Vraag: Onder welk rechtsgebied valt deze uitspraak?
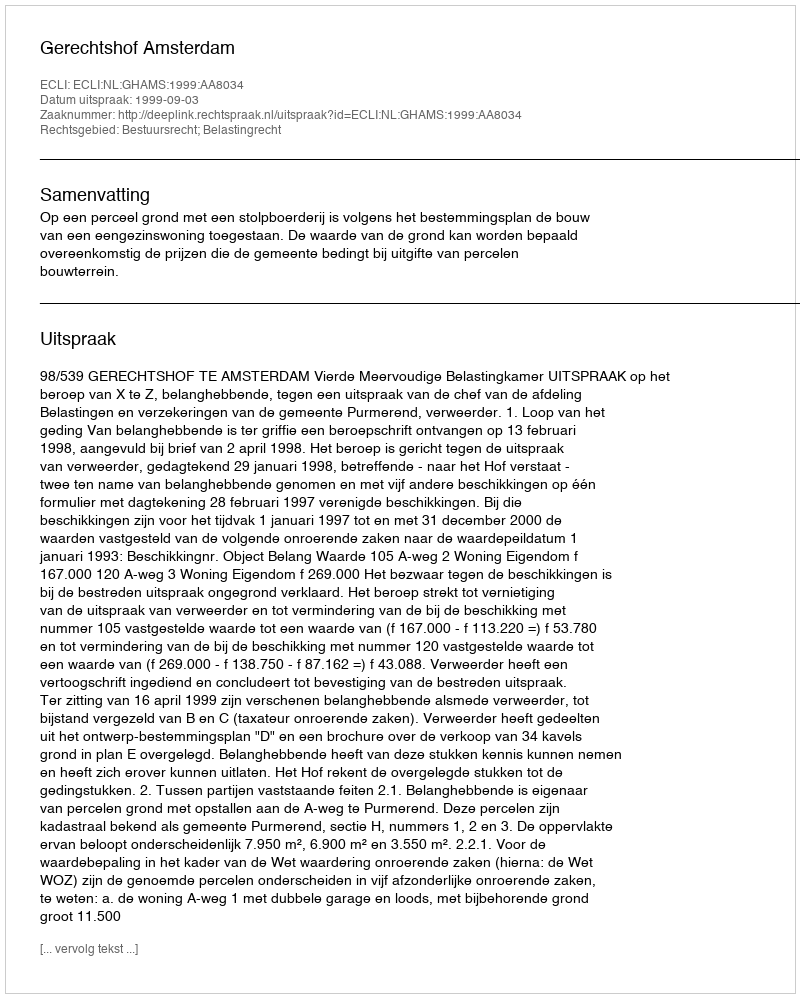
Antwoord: Bestuursrecht; Belastingrecht